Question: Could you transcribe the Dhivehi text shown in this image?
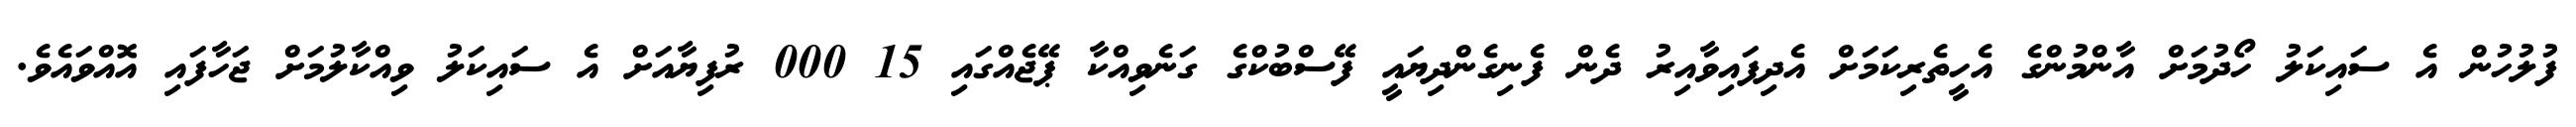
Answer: ފުލުހުން އެ ސައިކަލު ހޯދުމަށް އާންމުންގެ އެހީތެރިކަމަށް އެދިފައިވާއިރު ދެން ފެނިގެންދިޔައީ ފޭސްބުކްގެ ގަނެވިއްކާ ޕޭޖެއްގައި 15 000 ރުފިޔާއަށް އެ ސައިކަލު ވިއްކާލުމަށް ޖަހާފައި އޮއްވައެވެ.